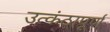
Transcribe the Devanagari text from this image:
उत्कंठापूर्ण